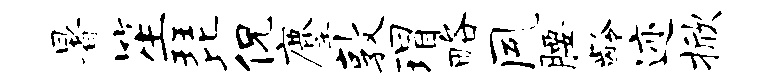
暑笙琵侃麈敦瑁略夙腰龄迹掀